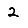
Digit: 2